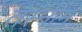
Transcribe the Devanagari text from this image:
तस्नीम